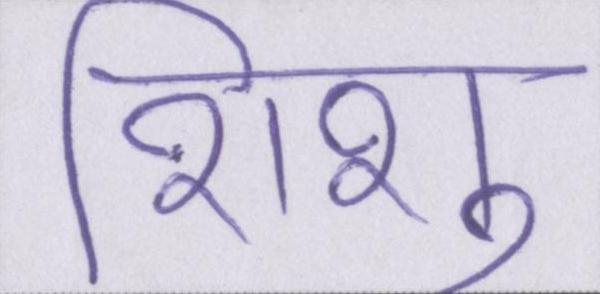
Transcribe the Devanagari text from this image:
शिशु